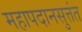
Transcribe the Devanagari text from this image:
महापदानसुत्तंत